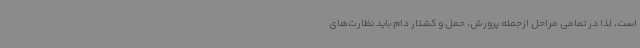
است، لذا در تمامی مراحل ازجمله پرورش، حمل و کشتار دام باید نظارت‌های